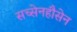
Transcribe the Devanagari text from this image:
सच्सेनहौसेन